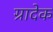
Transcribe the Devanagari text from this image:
ग्रादेक